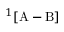
^ 1 [ \mathrm { A } - \mathrm { B } ]